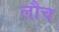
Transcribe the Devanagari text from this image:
लौच